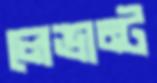
লেভান্ট